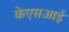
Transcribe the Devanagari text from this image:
केएसआई